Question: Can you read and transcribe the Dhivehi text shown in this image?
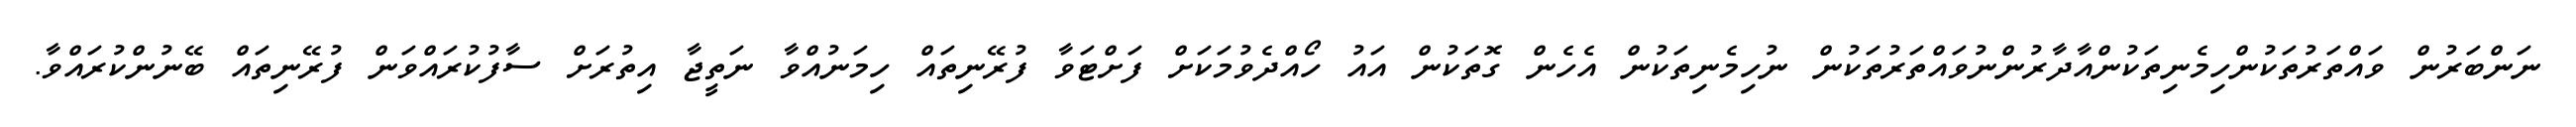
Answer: ނަންބަރުން ވައްތަރުތަކުންހިމެނިތަކުންއާދާރުންނުވައްތަރުތަކުން ނުހިމެނިތަކުން އެހެން ގޮތަކުން އައު ހޯއްދެވުމަކަށް ފަށްޓަވާ ފުރޭނިތައް ހިމަނުއްވާ ނަތީޖާ އިތުރަށް ސާފުކުރައްވަން ފުރޭނިތައް ބޭނުންކުރައްވާ.